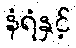
နံရံနှင့်